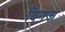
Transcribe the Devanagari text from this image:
दिगज